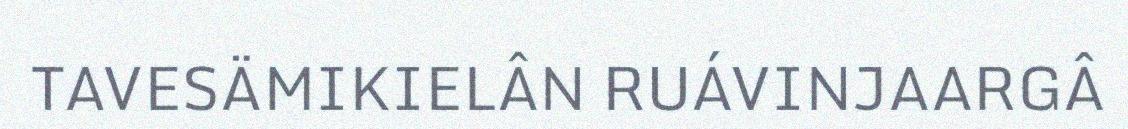
TAVESÄMIKIELÂN RUÁVINJAARGÂ